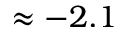
\approx - 2 . 1